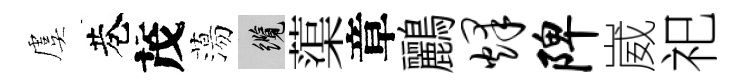
虞巷茂蕩纜蕖章鸝烽陴崴祀